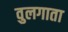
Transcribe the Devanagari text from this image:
वुलगाता